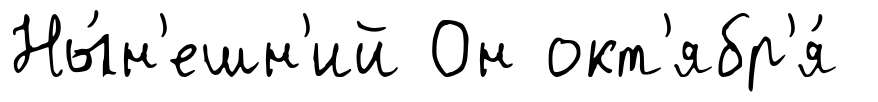
Ны́н'ешн'ий Он окт'ябр'я́